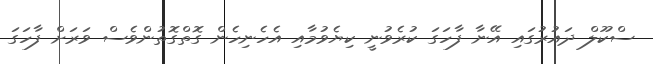
ސްކޫލް ދައުރުގައި އޭނާ ފާހަގަ ކުރެވުނީ ކިޔެވުމާއި އެހެނިހެން ގޮތްގޮތުންވެސް ވަރަށް ފާހަގަ